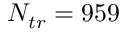
N _ { t r } = 9 5 9